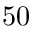
5 0